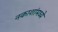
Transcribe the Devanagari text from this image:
नकाशांमध्ये